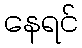
နေရင်